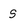
Character: s